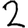
Digit: 2